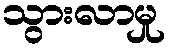
သွားလာမှု